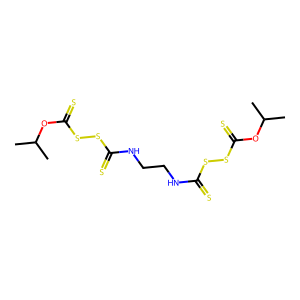
SMILES: CC(C)OC(=S)SSC(=S)NCCNC(=S)SSC(=S)OC(C)C
Inhibits HIV replication: No